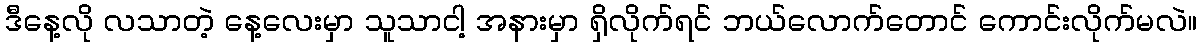
ဒီနေ့လို လသာတဲ့ နေ့လေးမှာ သူသာငါ့ အနားမှာ ရှိလိုက်ရင် ဘယ်လောက်တောင် ကောင်းလိုက်မလဲ။